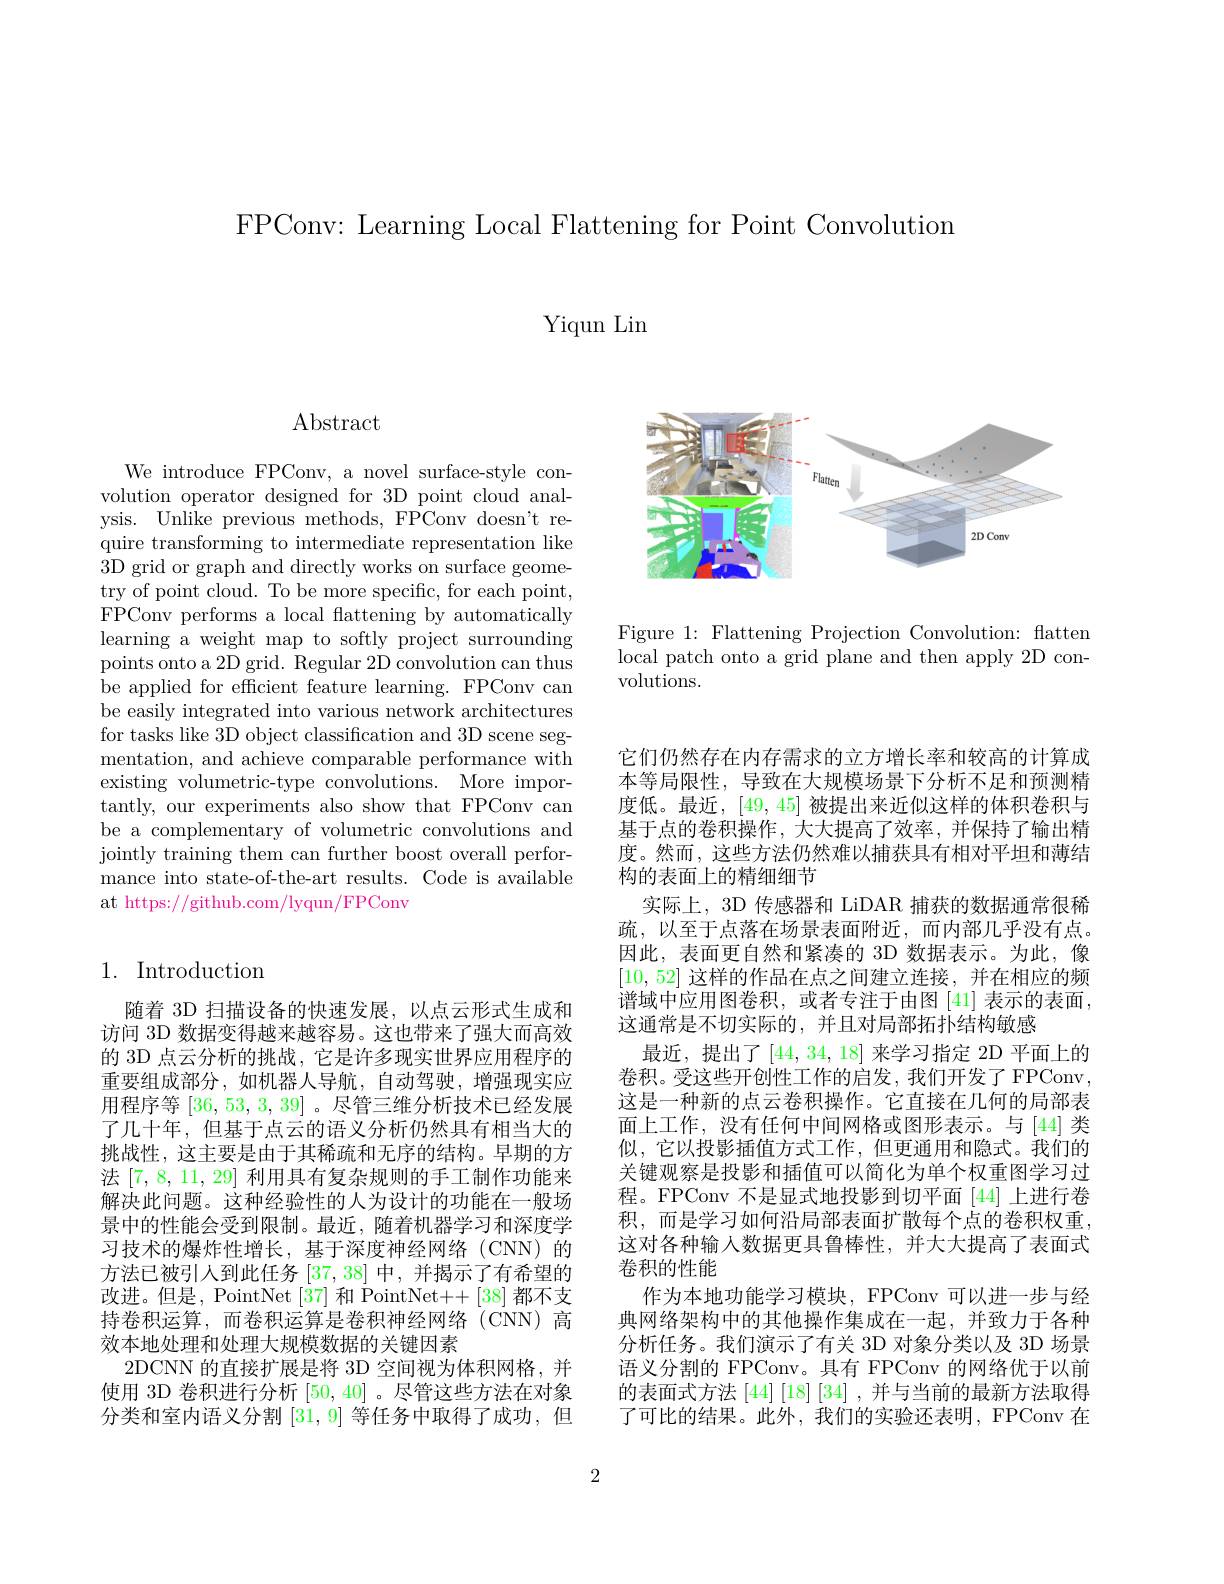
FPConv: Learning Local Flattening for Point Convolution

Yiqun Lin

$\operatorname{Abstract}$

We introduce FPConv, a novel surface-style convolution operator designed for 3D point cloud analysis. Unlike previous methods, FPConv doesn't require transforming to intermediate representation like 3D grid or graph and directly works on surface geometry of point cloud. To be more specific, for each point, FPConv performs a local flattening by automatically learning a weight map to softly project surrounding points onto a 2D grid. Regular 2D convolution can thus be applied for efficient feature learning. FPConv can be easily integrated into various network architectures for tasks like 3D object classification and 3D scene segmentation, and achieve comparable performance with existing volumetric-type convolutions. More importantly, our experiments also show that FPConv can be a complementary of volumetric convolutions and jointly training them can further boost overall performance into state-of-the-art results. Code is available at https://github.com/lyqun/FPConw

## 1. Introduction

随着 3D 扫描设备的快速发展，以点云形式生成和访问 3D 数据变得越来越容易。这也带来了强大而高效的 3D 点云分析的挑战，它是许多现实世界应用程序的重要组成部分，如机器人导航，自动驾驶，增强现实应用程序等[36,53,3,39]。尽管三维分析技术已经发展了几十年，但基于点云的语义分析仍然具有相当大的挑战性，这主要是由于其稀疏和无序的结构。早期的方法[7,8,11,29]利用具有复杂规则的手工制作功能来解决此问题。这种经验性的人为设计的功能在一般场景中的性能会受到限制。最近，随着机器学习和深度学习技术的爆炸性增长，基于深度神经网络(CNN)的方法已被引人到此任务[37,38]中，并揭示了有希望的改进。但是，PointNet [37] 和$\dot{\text{PointNet}}+[38]$都不支持卷积运算，而卷积运算是卷积神经网络(CNN)高效本地处理和处理大规模数据的关键因素
2DCNN 的直接扩展是将 3D 空间视为体积网格，并使用 3D 卷积进行分析[50,40] 。尽管这些方法在对象分类和室内语义分割[31,9]等任务中取得了成功，但

<FigureHere>

Figure 1: Flattening Projection Convolution: flatten $\bar{\text{local patch onto a grid plane and then apply 2D con-}}$ volutions.

它们仍然存在内存需求的立方增长率和较高的计算成本等局限性，导致在大规模场景下分析不足和预测精度低。最近，[49,45]被提出来近似这样的体积卷积与基于点的卷积操作，大大提高了效率，并保持了输出精度。然而，这些方法仍然难以捕获具有相对平坦和薄结构的表面上的精细细节
实际上，3D 传感器和 LiDAR 捕获的数据通常很稀疏，以至于点落在场景表面附近，而内部几乎没有点。因此，表面更自然和紧凑的 3D 数据表示。为此，像[10,52]这样的作品在点之间建立连接，并在相应的频谱域中应用图卷积，或者专注于由图[41]表示的表面， 这通常是不切实际的，并且对局部拓扑结构敏感
最近，提出了[44,34,18] 来学习指定 2D 平面上的卷积。受这些开创性工作的启发，我们开发了FPConv， 这是一种新的点云卷积操作。它直接在几何的局部表面上工作，没有任何中间网格或图形表示。与[44] 类似，它以投影插值方式工作，但更通用和隐式。我们的关键观察是投影和插值可以简化为单个权重图学习过程。FPConv 不是显式地投影到切平面[44]上进行卷积，而是学习如何沿局部表面扩散每个点的卷积权重， 这对各种输入数据更具鲁棒性，并大大提高了表面式卷积的性能
作为本地功能学习模块，FPConv 可以进一步与经典网络架构中的其他操作集成在一起，并致力于各种分析任务。我们演示了有关 3D 对象分类以及 3D 场景语义分割的 FPConv。具有 FPConv 的网络优于以前的表面式方法 [44] [18] [34] , 并与当前的最新方法取得了可比的结果。此外，我们的实验还表明，FPConv 在

2